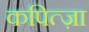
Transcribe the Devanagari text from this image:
कपित्ज़ा